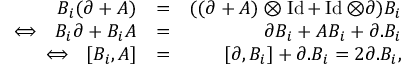
\begin{array} { r l r } { B _ { i } ( \partial + A ) } & { = } & { ( ( \partial + A ) \otimes \operatorname { I d } + \operatorname { I d } \otimes \partial ) B _ { i } } \\ { \Longleftrightarrow \ \ B _ { i } \partial + B _ { i } A } & { = } & { \partial B _ { i } + A B _ { i } + \partial . B _ { i } } \\ { \Longleftrightarrow \ \ [ B _ { i } , A ] } & { = } & { [ \partial , B _ { i } ] + \partial . B _ { i } = 2 \partial . B _ { i } , } \end{array}